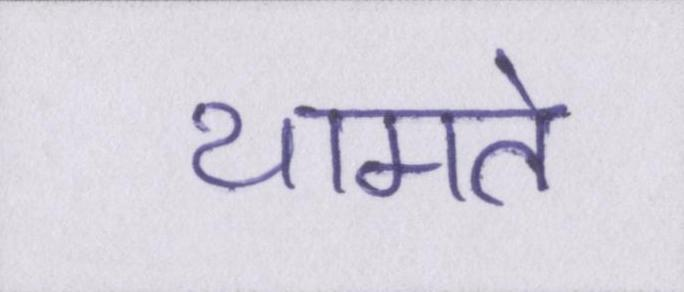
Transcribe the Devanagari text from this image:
थामते